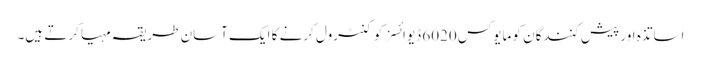
اساتذہ اور پیش کنندگان کو مایوکس 6020 ڈیوائسز کو کنٹرول کرنے کا ایک آسان طریقہ مہیا کرتے ہیں۔